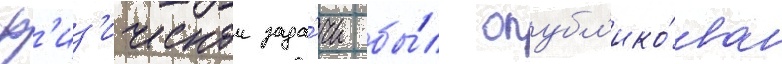
ф'из'ическои зада́чи бы́л опубл'ико́ван